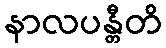
နာလပန္တီတိ